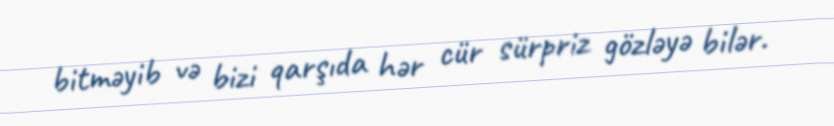
bitməyib və bizi qarşıda hər cür sürpriz gözləyə bilər.